Indian journal of veterinary science and animal husbandry - Volumes 15-17, 1948-1951
Year: 1948
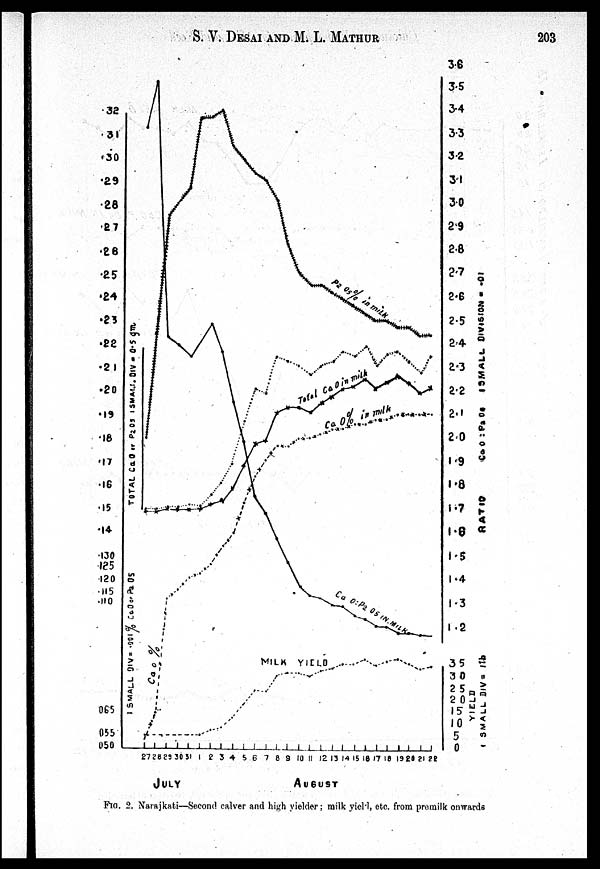
S. V. DESAI AND M. L.
MATHUR
203
FIG. 2. Narajkati—Second calver and high yielder ; milk yield, etc. from premilk onwards